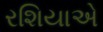
રશિયાએ